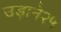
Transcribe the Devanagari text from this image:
उड़ाने२५